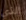
الذي